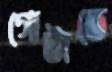
গোটাতে